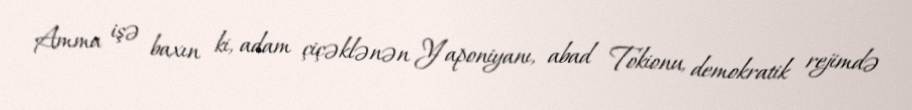
Amma işə baxın ki, adam çiçəklənən Yaponiyanı, abad Tokionu, demokratik rejimdə